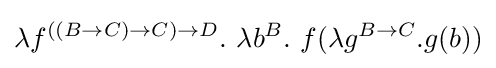
\lambda f^{((B\to C)\to C)\to D}.\ \lambda b^{B}.\ f(\lambda g^{B\to C}.g(b))